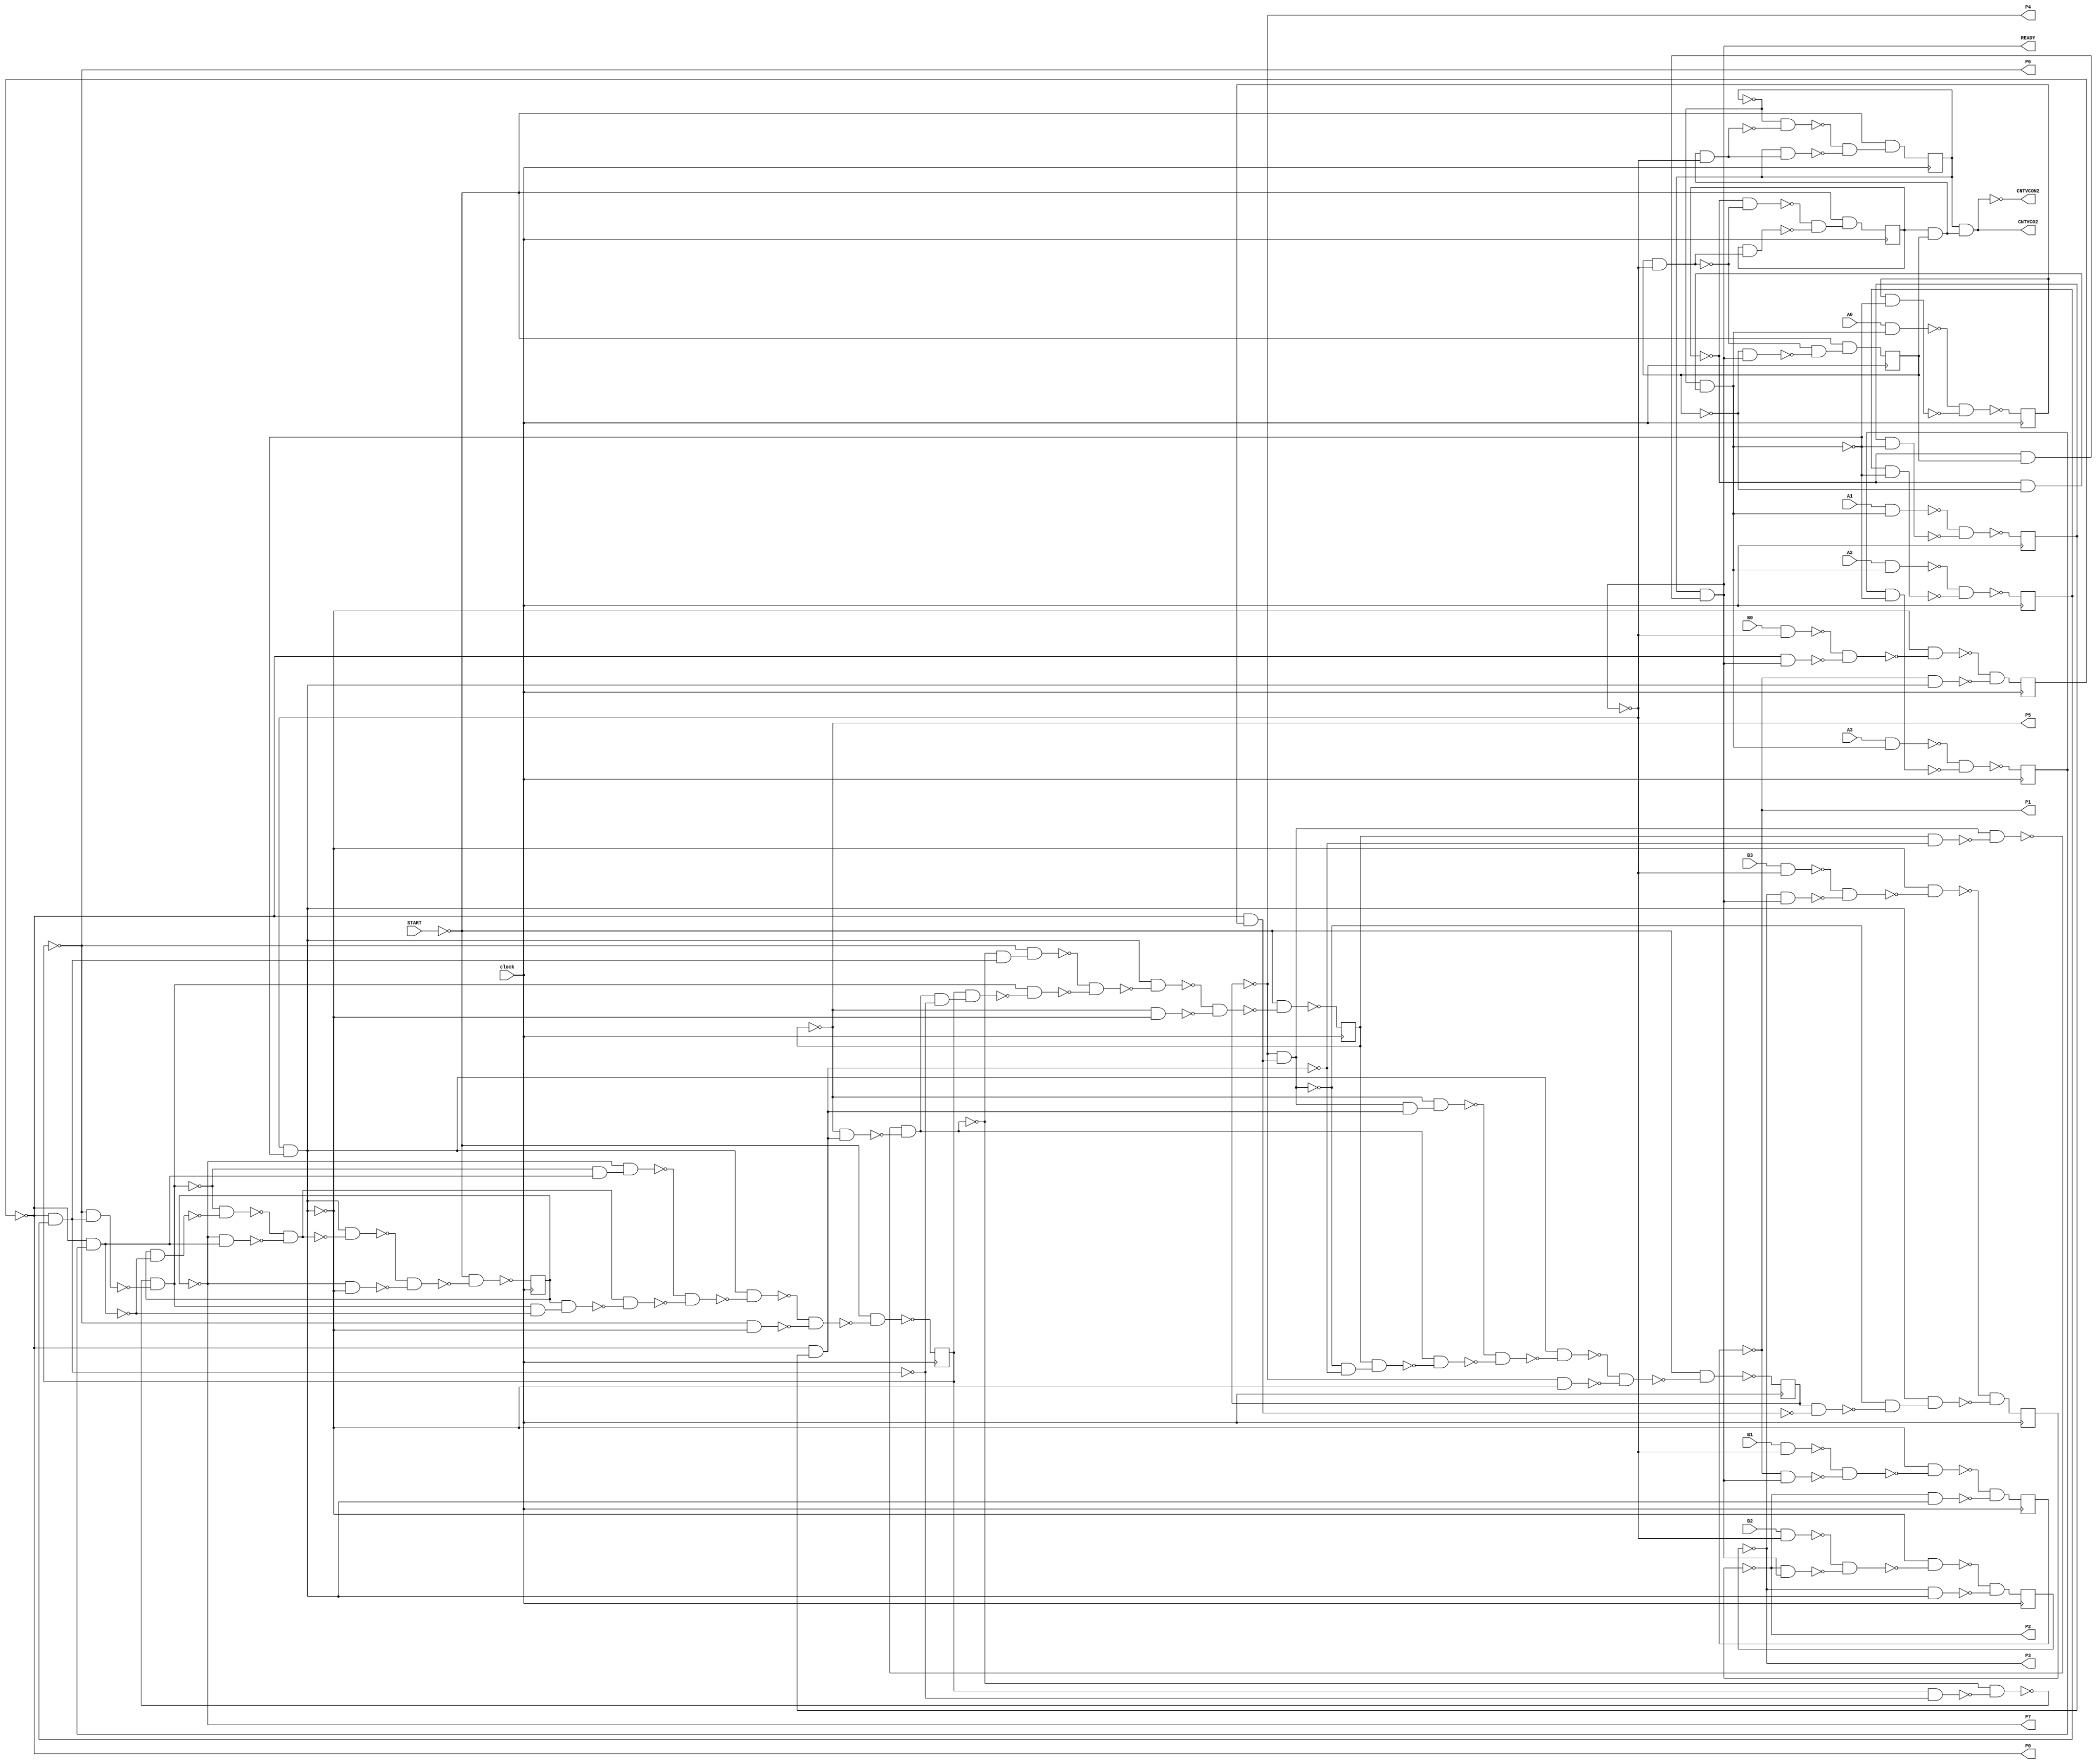
module ex2(clock,START,B0,B1,B2,B3,A0,A1,A2,A3,CNTVCO2,CNTVCON2,READY,P0,P1,P2,P3,P4,P5,P6,P7);
input clock;
input START,B0,B1,B2,B3,A0,A1,A2,A3;
output CNTVCO2,CNTVCON2,READY,P0,P1,P2,P3,P4,P5,P6,P7;
reg S0,S1,S2,S3,S4,S5,S6,S7,S8,S9,S10,S11,S12,S13,S14;
wire n66,n67_1,n68,n69,n78,n81,n83,n84,n85,n86,n87_1,n88,n89,n90,n92_1,n93,n94,n95,n96,n97_1,n98,n100,n101,n102_1,n104,n105,n106,n107_1,n108,n109,n110,n111,n112_1,n113,n114,n115,n116,n117,n118,n119,n120,n121,n122,n123,n124,n125,n126,n127,n128,n129,n130,n131,n132,n133,n134,n135,n136,n137,n138,n139,n140,n141,n142,n143,n144,n145,n146,n147,n148,n149,n151,n152,n153,n154,n155,n156,n157,n158,n159,n160,n161,n162,n163,n164,n165,n166,n167,n169,n170,n171,n172,n173,n174,n175,n176,n177,n178,n179,n180,n181,n182,n183,n184,n185,n187,n188,n189,n190,n191,n192,n193,n194,n195,n196,n197,n198,n199,n200,n201,n202,n203,n205,n206,n207,n208,n209,n210,n211,n212,n213,n214,n215,n216,n217,n219,n220,n221,n222,n223,n224,n225,n226,n227,n228,n230,n231,n232,n233,n234,n235,n236,n237,n238,n239,n241,n242,n243,n244,n245,n246,n247,n248,n249,n250,n252,n253,n254,n255,n256,n258,n259,n260,n261,n262,n264,n265,n266,n267,n268,n270,n271,n272,n273,n274,NS0,NS1,NS2,NS3,NS4,NS5,NS6,NS8,NS7,NS9,NS10,NS11,NS12,NS13,NS14;
not g0(n66,START);
not g1(n67_1,S0);
not g2(n68,S1);
not g3(n69,S2);
not g4(P7,S3);
not g5(P6,S4);
not g6(P5,S5);
not g7(P4,S6);
not g8(P3,S7);
not g9(P2,S8);
not g10(P1,S9);
not g11(P0,S10);
and g12(n78,S1,S2);
and g13(CNTVCO2,S0,n78);
not g14(CNTVCON2,CNTVCO2);
and g15(n81,n68,S2);
and g16(READY,S0,n81);
not g17(n83,READY);
and g18(n84,n78,n83);
not g19(n85,n84);
and g20(n86,n67_1,n85);
not g21(n87_1,n86);
and g22(n88,S0,n84);
not g23(n89,n88);
and g24(n90,n87_1,n89);
and g25(NS0,n66,n90);
and g26(n92_1,S2,n83);
not g27(n93,n92_1);
and g28(n94,n68,n93);
not g29(n95,n94);
and g30(n96,S1,n92_1);
not g31(n97_1,n96);
and g32(n98,n95,n97_1);
and g33(NS1,n66,n98);
and g34(n100,n69,READY);
not g35(n101,n100);
and g36(n102_1,n93,n101);
and g37(NS2,n66,n102_1);
and g38(n104,n68,n69);
and g39(n105,n67_1,n104);
not g40(n106,n105);
and g41(n107_1,n83,n106);
not g42(n108,n107_1);
and g43(n109,P0,S14);
not g44(n110,n109);
and g45(n111,P4,n109);
not g46(n112_1,n111);
and g47(n113,P0,S13);
not g48(n114,n113);
and g49(n115,S5,n114);
not g50(n116,n115);
and g51(n117,n111,n116);
not g52(n118,n117);
and g53(n119,P5,n113);
not g54(n120,n119);
and g55(n121,n118,n120);
not g56(n122,n121);
and g57(n123,P0,S12);
not g58(n124,n123);
and g59(n125,S4,n124);
not g60(n126,n125);
and g61(n127,n122,n126);
not g62(n128,n127);
and g63(n129,P6,n123);
not g64(n130,n129);
and g65(n131,n128,n130);
not g66(n132,n131);
and g67(n133,P0,S11);
not g68(n134,n133);
and g69(n135,S3,n134);
not g70(n136,n135);
and g71(n137,n132,n136);
not g72(n138,n137);
and g73(n139,P7,n133);
not g74(n140,n139);
and g75(n141,n138,n140);
not g76(n142,n141);
and g77(n143,n107_1,n142);
not g78(n144,n143);
and g79(n145,P7,n108);
not g80(n146,n145);
and g81(n147,n144,n146);
not g82(n148,n147);
and g83(n149,n66,n148);
not g84(NS3,n149);
and g85(n151,n132,n133);
and g86(n152,P7,n151);
not g87(n153,n152);
and g88(n154,n131,n134);
and g89(n155,S3,n154);
not g90(n156,n155);
and g91(n157,n141,n156);
not g92(n158,n157);
and g93(n159,n153,n158);
not g94(n160,n159);
and g95(n161,n107_1,n160);
not g96(n162,n161);
and g97(n163,P6,n108);
not g98(n164,n163);
and g99(n165,n162,n164);
not g100(n166,n165);
and g101(n167,n66,n166);
not g102(NS4,n167);
and g103(n169,n122,n123);
and g104(n170,P6,n169);
not g105(n171,n170);
and g106(n172,n121,n124);
and g107(n173,S4,n172);
not g108(n174,n173);
and g109(n175,n131,n174);
not g110(n176,n175);
and g111(n177,n171,n176);
not g112(n178,n177);
and g113(n179,n107_1,n178);
not g114(n180,n179);
and g115(n181,P5,n108);
not g116(n182,n181);
and g117(n183,n180,n182);
not g118(n184,n183);
and g119(n185,n66,n184);
not g120(NS5,n185);
and g121(n187,n111,n113);
and g122(n188,P5,n187);
not g123(n189,n188);
and g124(n190,n112_1,n114);
and g125(n191,S5,n190);
not g126(n192,n191);
and g127(n193,n121,n192);
not g128(n194,n193);
and g129(n195,n189,n194);
not g130(n196,n195);
and g131(n197,n107_1,n196);
not g132(n198,n197);
and g133(n199,P4,n108);
not g134(n200,n199);
and g135(n201,n198,n200);
not g136(n202,n201);
and g137(n203,n66,n202);
not g138(NS6,n203);
and g139(n205,B3,n83);
not g140(n206,n205);
and g141(n207,P3,READY);
not g142(n208,n207);
and g143(n209,n206,n208);
not g144(n210,n209);
and g145(n211,n108,n210);
not g146(n212,n211);
and g147(n213,S6,n110);
not g148(n214,n213);
and g149(n215,n112_1,n214);
and g150(n216,n107_1,n215);
not g151(n217,n216);
and g152(NS8,n212,n217);
and g153(n219,B2,n83);
not g154(n220,n219);
and g155(n221,P2,READY);
not g156(n222,n221);
and g157(n223,n220,n222);
not g158(n224,n223);
and g159(n225,n108,n224);
not g160(n226,n225);
and g161(n227,P3,n107_1);
not g162(n228,n227);
and g163(NS7,n226,n228);
and g164(n230,B1,n83);
not g165(n231,n230);
and g166(n232,P1,READY);
not g167(n233,n232);
and g168(n234,n231,n233);
not g169(n235,n234);
and g170(n236,n108,n235);
not g171(n237,n236);
and g172(n238,P2,n107_1);
not g173(n239,n238);
and g174(NS9,n237,n239);
and g175(n241,B0,n83);
not g176(n242,n241);
and g177(n243,P0,READY);
not g178(n244,n243);
and g179(n245,n242,n244);
not g180(n246,n245);
and g181(n247,n108,n246);
not g182(n248,n247);
and g183(n249,P1,n107_1);
not g184(n250,n249);
and g185(NS10,n248,n250);
and g186(n252,A3,n105);
not g187(n253,n252);
and g188(n254,S11,n106);
not g189(n255,n254);
and g190(n256,n253,n255);
not g191(NS11,n256);
and g192(n258,A2,n105);
not g193(n259,n258);
and g194(n260,S12,n106);
not g195(n261,n260);
and g196(n262,n259,n261);
not g197(NS12,n262);
and g198(n264,A1,n105);
not g199(n265,n264);
and g200(n266,S13,n106);
not g201(n267,n266);
and g202(n268,n265,n267);
not g203(NS13,n268);
and g204(n270,A0,n105);
not g205(n271,n270);
and g206(n272,S14,n106);
not g207(n273,n272);
and g208(n274,n271,n273);
not g209(NS14,n274);
always @(posedge clock) begin
S14<=NS14;
S13<=NS13;
S12<=NS12;
S11<=NS11;
S10<=NS10;
S9<=NS9;
S8<=NS8;
S7<=NS7;
S6<=NS6;
S5<=NS5;
S4<=NS4;
S3<=NS3;
S2<=NS2;
S1<=NS1;
S0<=NS0;
end
endmodule
//State:111111111111111